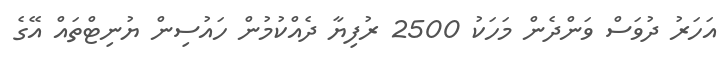
އަހަރު ދުވަސް ވަންދެން މަހަކު 2500 ރުފިޔާ ދެއްކުމުން ހައުސިން ޔުނިޓްތައް އޭގެ